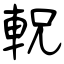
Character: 軦